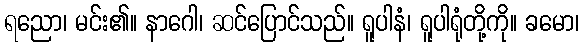
ရညော၊ မင်း၏။ နာဂေါ၊ ဆင်ပြောင်သည်။ ရူပါနံ၊ ရူပါရုံတို့ကို။ ခမော၊